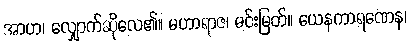
အာဟ၊ လျှောက်ဆိုလေ၏။ မဟာရာဇ၊ မင်းမြတ်။ ယေနကာရဏေန၊